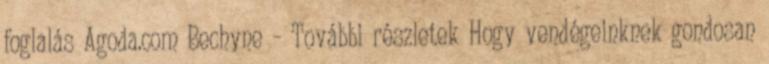
foglalás Agoda.com Bechyne – További részletek Hogy vendégeinknek gondosan